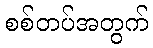
စစ်တပ်အတွက်